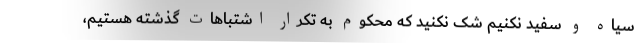
سیاه و سفید نکنیم شک نکنید که محکوم به تکرار اشتباهات گذشته هستیم،